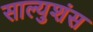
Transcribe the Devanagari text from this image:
साल्युशंस